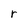
Character: r